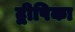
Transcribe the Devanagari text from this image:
द्वीपिका